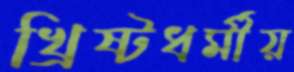
খ্রিষ্টধর্মীয়